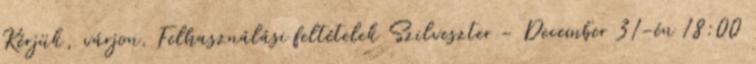
Kérjük, várjon. Felhasználási feltételek Szilveszter - December 31-én 18:00